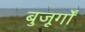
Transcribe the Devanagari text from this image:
बुजूर्गों